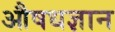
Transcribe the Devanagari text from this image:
औषधज्ञान